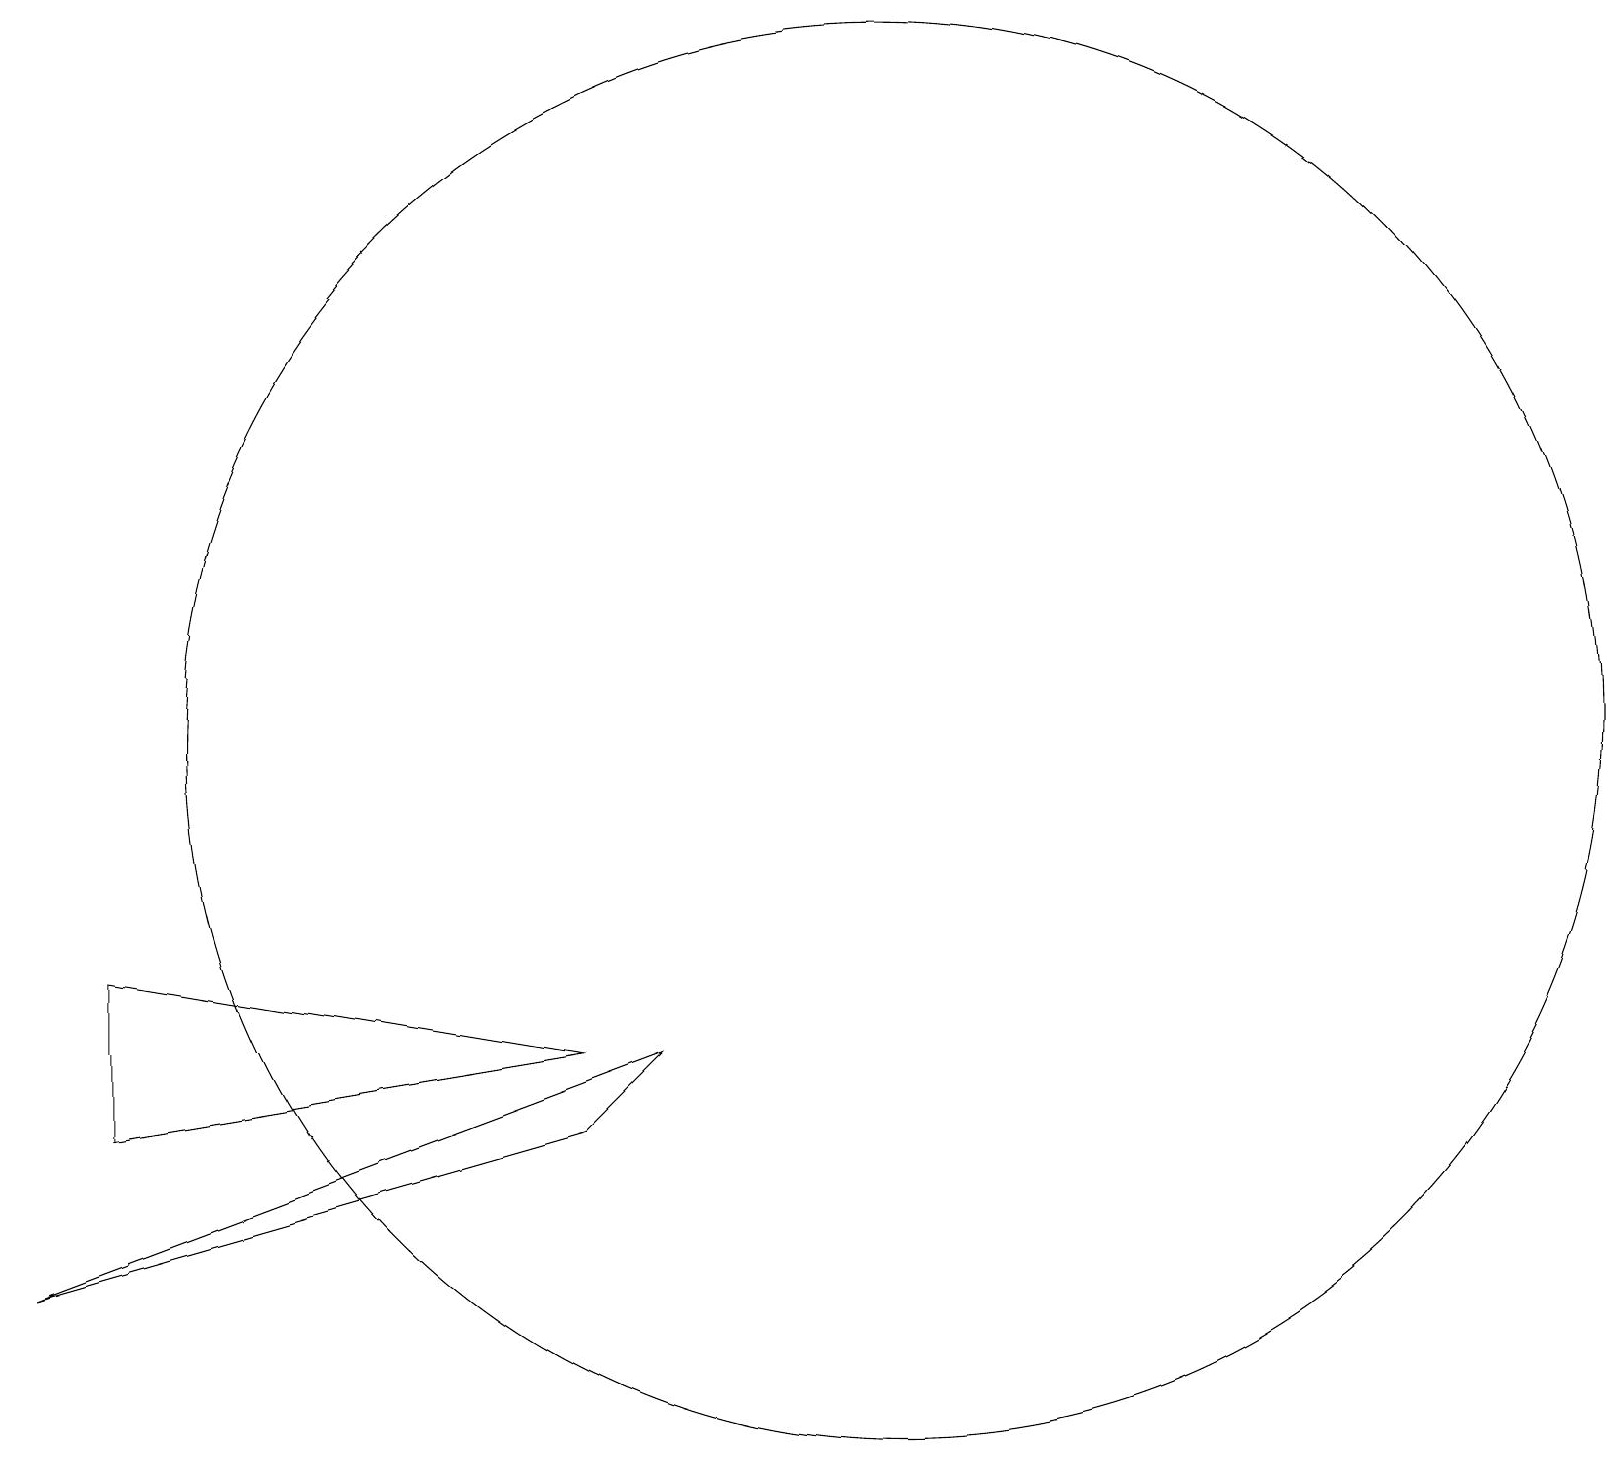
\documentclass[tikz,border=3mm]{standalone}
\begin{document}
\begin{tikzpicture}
\draw (2,8) -- (8,7) -- (2,6) -- cycle;
\draw (8,6) -- (1,4) -- (9,7) -- cycle;
\draw (12,11) circle (9);
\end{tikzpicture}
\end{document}